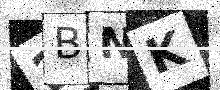
Text: 2BNK